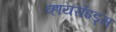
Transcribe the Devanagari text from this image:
व्हायरॉइड्स